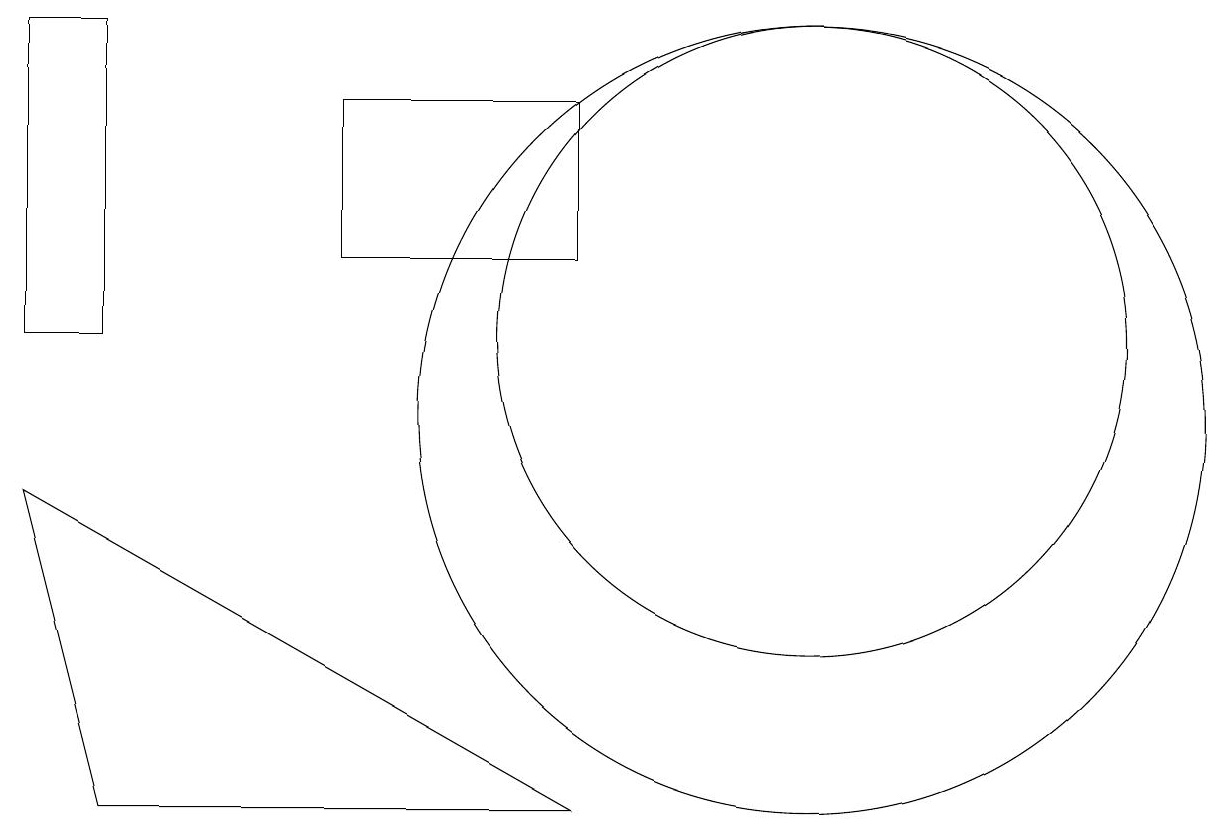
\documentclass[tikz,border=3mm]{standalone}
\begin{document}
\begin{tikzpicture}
\draw (10,10) circle (5);
\draw (7,14) rectangle (4,12);
\draw (1,15) rectangle (0,11);
\draw (1,5) -- (0,9) -- (7,5) -- cycle;
\draw (10,11) circle (4);
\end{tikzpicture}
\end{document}